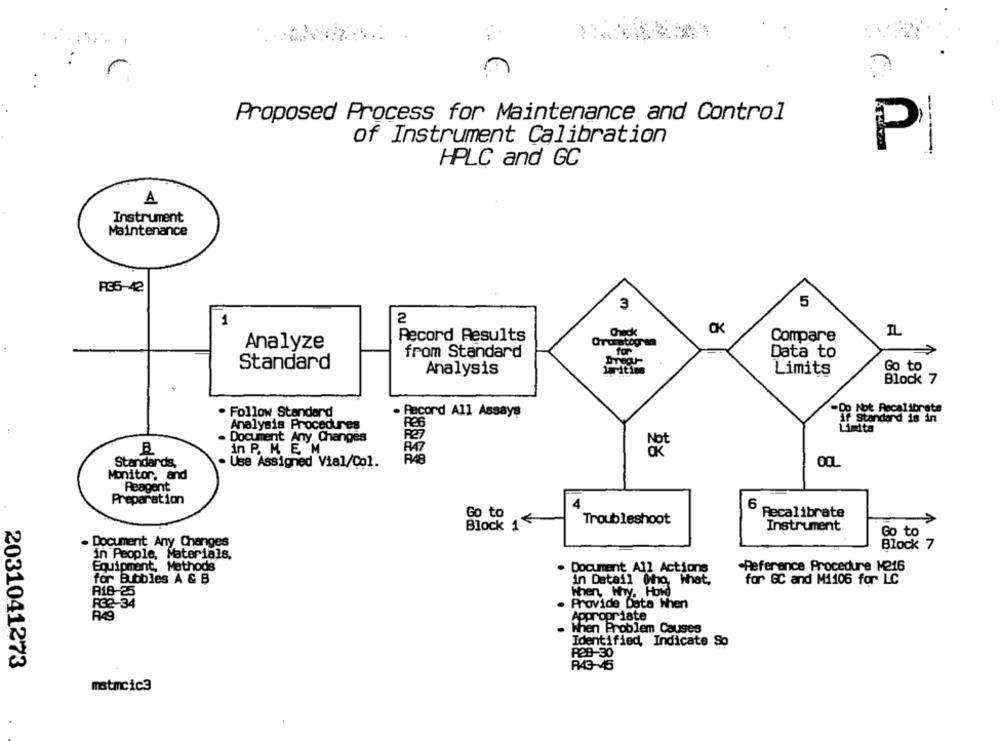
Proposed Process for Maintenance and Control
of Instrument Calibration
Pi
HPLC and GC
A
Instrument
Maintenance
R35-42
3
5
2
1
ak
Check
IL
Record Results
Orustog m
Compare
Analyze
from Standard
Data to
Standard
Analysis
larities
Go to
Limits
Block 7
Follow Standard
. Record All Assays
-Do Not Recalibrate
if Standard is in
Analysis Procedures
Document Any Changes
B
in P. M. E M
Not
Standards,
Use Assigned Vial/Col.
R48
Monitor, and
Reagent
Preparation
4
6
Go to
Recalibrate
Block 1%
Troubleshoot
Instrument
Go to
Document Any Changes
Block 7
in People, Materials.
Equipment, Methods
Document All Actions
-Reference Procedure M216
for Bubbles A & B
in Datail (tho, What,
for GC and M1106 for LC
R18-25
When, Why, How
RG2-34
Provide Data When
Appropriate
When Problem Causes
Identified, Indicate So
P28-30
2031041273
R43-45
mstrcic3
.